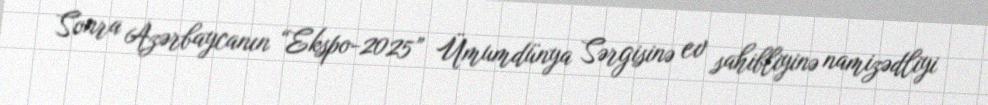
Sonra Azərbaycanın “Ekspo-2025” Ümumdünya Sərgisinə ev sahibliyinə namizədliyi